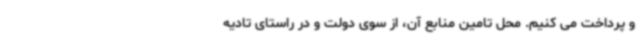
و پرداخت می کنیم. محل تامین منابع آن، از سوی دولت و در راستای تادیه